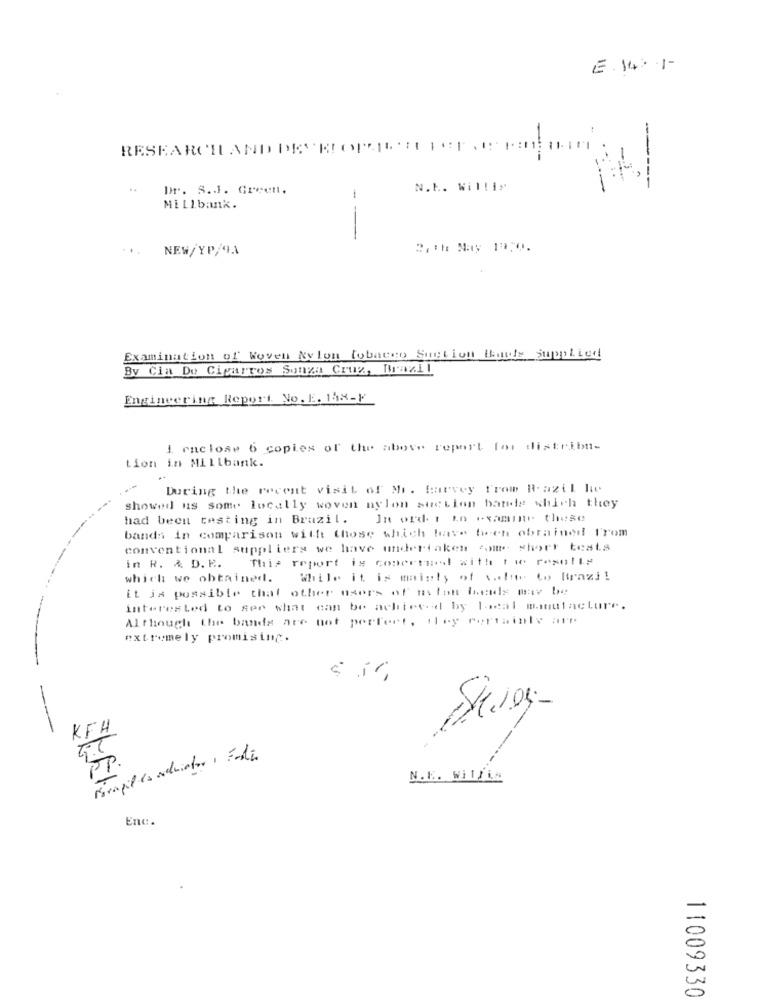
E.14.1-
RESEARCHAND DRYRIOPELLICER
Dr. S.J. Green.
N.L. Willis
-----
Millbank.
--
NEW/YP/9.1
Examination of Woven Nylon tobacco Suction What's SuppLied
By Cia De Cigarros Sonza Cruz, Brazil
Engineering Report. No. E. 138-F
I enclose 6 copies of the above report for distribu-
tion in Millbank.
During the recent visit of Mi. Harvey from Razil He
showed us some locally woven nylon suction batide which they
had been testing in Brazil. In ord t in "samme these
bands in comparison with those which tetve bech obrained From
conventional suppliers we have undertaken comme short tests
in R. & D. E. This report is comertil with thie roxolly
which we obtained. while it is mainly of salar to Brazi!
it is possible that other users of uston bands may be
interested to ser what can be achieved by local manufacture.
Although the bands are not perfect, they certainly are
extremely promising.
KFH
Skiver-
ricapil lo adviator , Fada
PP.
N.E. WilliA
Enc.
11009330